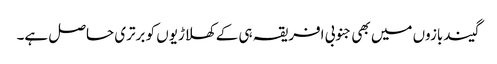
گیندبازوں میں بھی جنوبی افریقہ ہی کے کھلاڑیوں کو برتری حاصل ہے۔